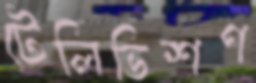
টেলিভিশণ